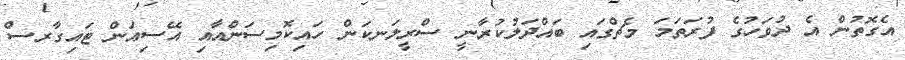
އެގޮތުން އެ ދުވަހުގެ ފުރަތަމަ މެޗްގައި ބައްދަލުކުރާނީ ސްރީލަނކަން ހައިކޮމިސަންއާއި އޭސިއަން ޓައިގާރސް